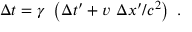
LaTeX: \Delta t = \gamma \ \left( \Delta t ^ { \prime } + v \ \Delta x ^ { \prime } / c ^ { 2 } \right) \ .